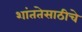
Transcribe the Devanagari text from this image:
शांततेसाठीचे